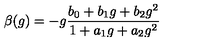
\beta ( g ) = - g \frac { b _ { 0 } + b _ { 1 } g + b _ { 2 } g ^ { 2 } } { 1 + a _ { 1 } g + a _ { 2 } g ^ { 2 } }